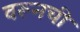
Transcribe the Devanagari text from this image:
वरूनची